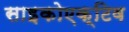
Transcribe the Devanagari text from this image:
साइकोएक्टिव